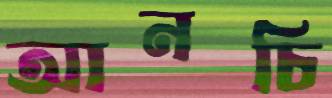
আনচি